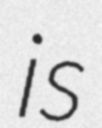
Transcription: is